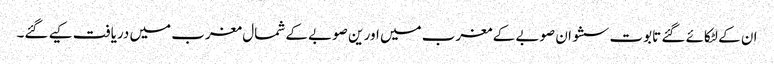
ان کے لٹکائے گئے تابوت سشوان صوبے کے مغرب میں اور ین صوبے کے شمال مغرب میں دریافت کیے گئے۔